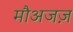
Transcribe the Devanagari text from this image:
मौअजज़